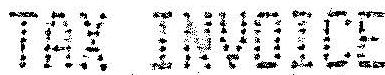
TAX INVOICE